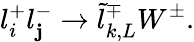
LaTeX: l_{i}^{+}l_{\mathbf{j}}^{-}\rightarrow\tilde{{l}}_{k,L}^{\mp}W^{\pm}.